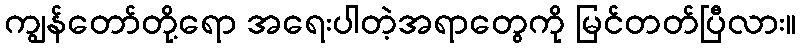
ကျွန်တော်တို့ရော အရေးပါတဲ့အရာတွေကို မြင်တတ်ပြီလား။